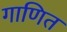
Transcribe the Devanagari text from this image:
गाणित